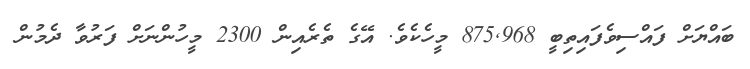
ބައްޔަށް ފައްސިވެފައިތިބީ 875